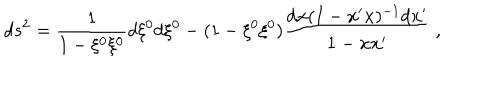
d s ^ { 2 } = \frac { 1 } { 1 - \xi ^ { 0 } \xi ^ { 0 } } d \xi ^ { 0 } d \xi ^ { 0 } - ( 1 - \xi ^ { 0 } \xi ^ { 0 } ) \frac { d { \bf x } ( I - { \bf x } ^ { \prime } { \bf x } ) ^ { - 1 } d { \bf x } ^ { \prime } } { 1 - { \bf x } { \bf x } ^ { \prime } } ~ ,